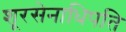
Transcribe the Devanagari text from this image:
शूरसेनाधिपति